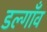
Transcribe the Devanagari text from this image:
डल्गाँव